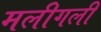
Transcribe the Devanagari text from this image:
मलीगली